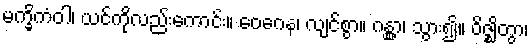
မက္ခိကံဝါ၊ ယင်ကိုလည်းကောင်း။ ဝေဂေန၊ လျင်စွာ။ ဂန္တွာ၊ သွား၍။ ဝိဇ္ဈိတွာ၊